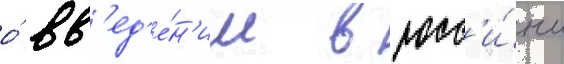
о́ вв'ед'е́н'ии в росс'и́и